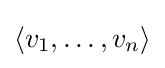
\langle v_{1},\ldots ,v_{n}\rangle